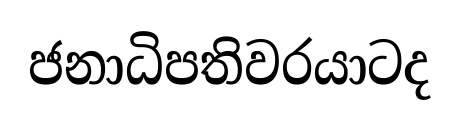
ජනාධිපතිවරයාටද